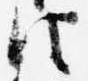
法